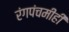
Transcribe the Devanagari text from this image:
रंगपंचमीही